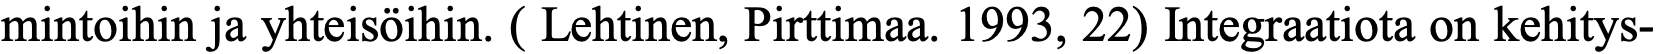
mintoihin ja yhteisöihin. ( Lehtinen, Pirttimaa. 1993, 22) Integraatiota on kehitys-